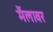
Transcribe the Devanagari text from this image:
मैंलावर